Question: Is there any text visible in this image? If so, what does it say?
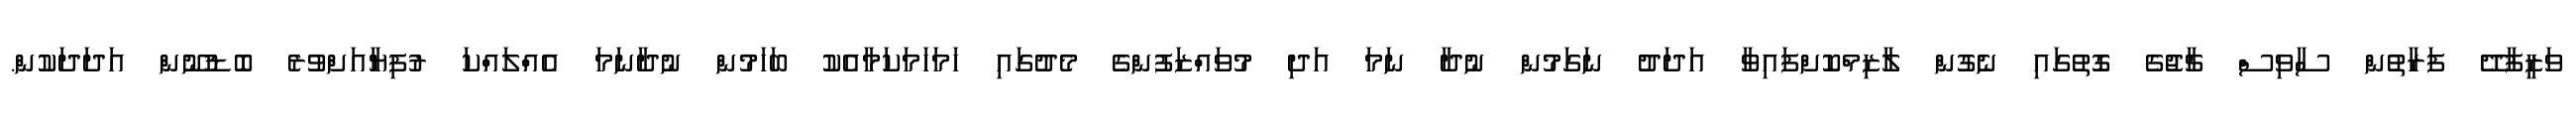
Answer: ވަޒީފާދޭ ފަރާތުން ސާވިސް ޗާޖުގެ ގޮތުގައި ނެގުން ލާޒިމްކޮށްފައިވާ އަދަދު ނަގަމުން ނުދާ ނަމަ އަދި މުވައްޒަފުންގެ މެދުގައި ހަމަހަމަކަމާއެކު ބަހަމުން ނުދާނަމަ އެއްލައްކަ ރުފިޔާއަށްވުރެ ބޮޑުނޫން އަދަދަކުން.